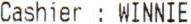
CASHIER : WINNIE